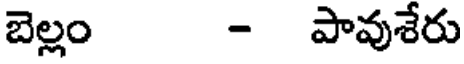
బెల్లం - పావుశేరు